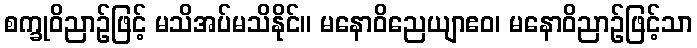
စက္ခုဝိညာဉ်ဖြင့် မသိအပ်မသိနိုင်။ မနောဝိညေယျာဧဝ၊ မနောဝိညာဉ်ဖြင့်သာ